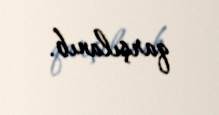
qarşılanıb.